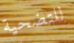
للتضحية